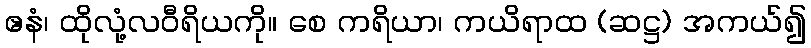
ဧနံ၊ ထိုလုံ့လဝီရိယကို။ စေ ကရိယာ၊ ကယိရာထ (ဆဋ္ဌ) အကယ်၍